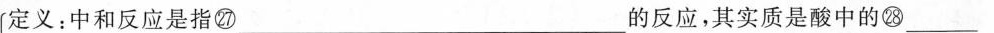
定义：中和反应是指㉗___的反应，其实质是酸中的㉘___